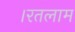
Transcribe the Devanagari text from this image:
।रतलाम